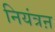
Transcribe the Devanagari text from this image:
नियंत्रऩ